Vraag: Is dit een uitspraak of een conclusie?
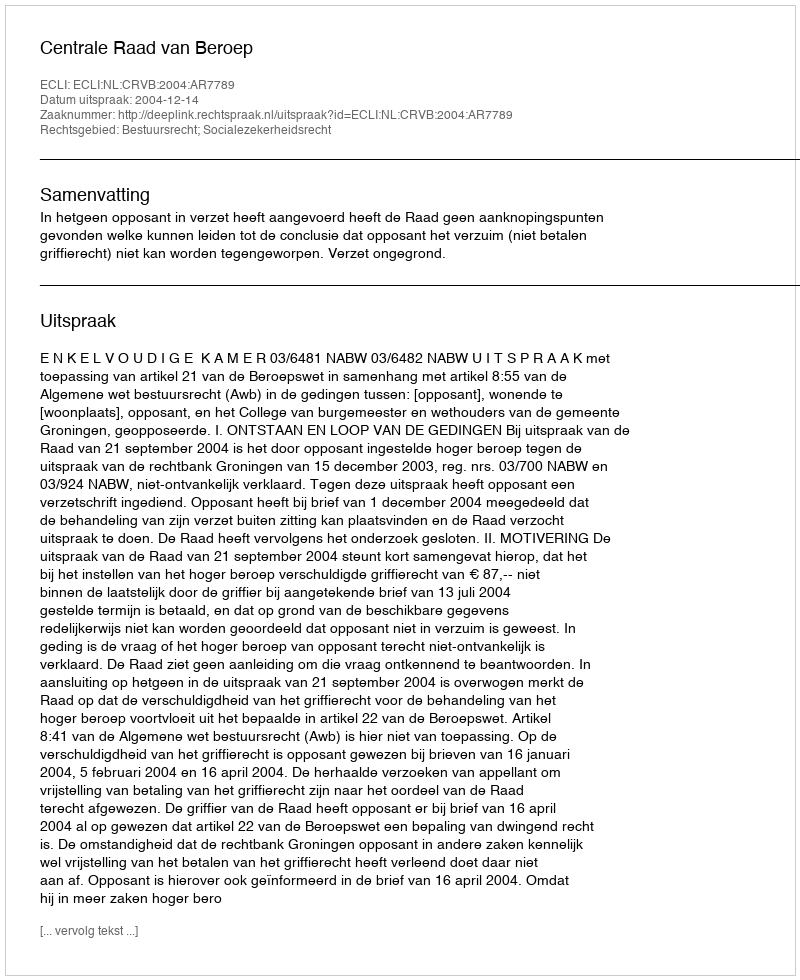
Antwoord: Uitspraak